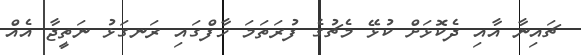
ޗައިނާ އާއި ދެކޮޅަށް ކުޅޭ މެޗުގެ ފުރަތަމަ ހާފްގައި ރަނގަޅު ނަތީޖާ އެއް